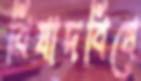
বিষাদবিষে